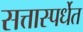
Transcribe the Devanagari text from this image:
सत्तास्पर्धेत